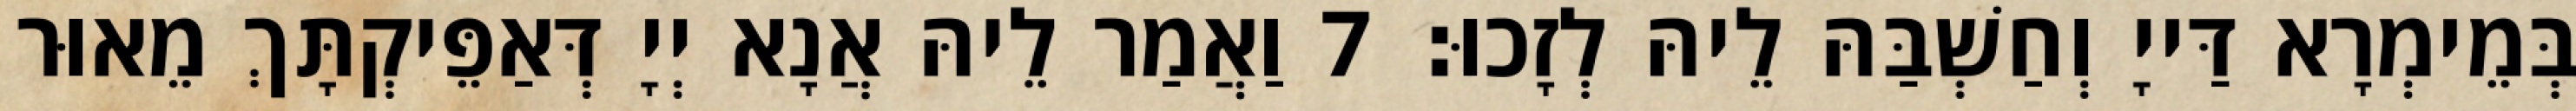
בְּמֵימְרָא דַּייָ וְחַשְׁבַּהּ לֵיהּ לְזָכוּ׃ 7 וַאֲמַר לֵיהּ אֲנָא יְיָ דְּאַפֵּיקְתָּךְ מֵאוּר